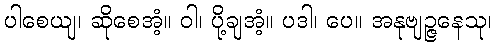
ပါစေယျ၊ ဆိုစေအံ့။ ဝါ၊ ပို့ချအံ့။ ပဒါ၊ ပေ။ အနုဗျဉ္ဇနေသု၊